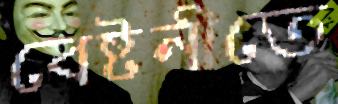
বেষ্টনীতে